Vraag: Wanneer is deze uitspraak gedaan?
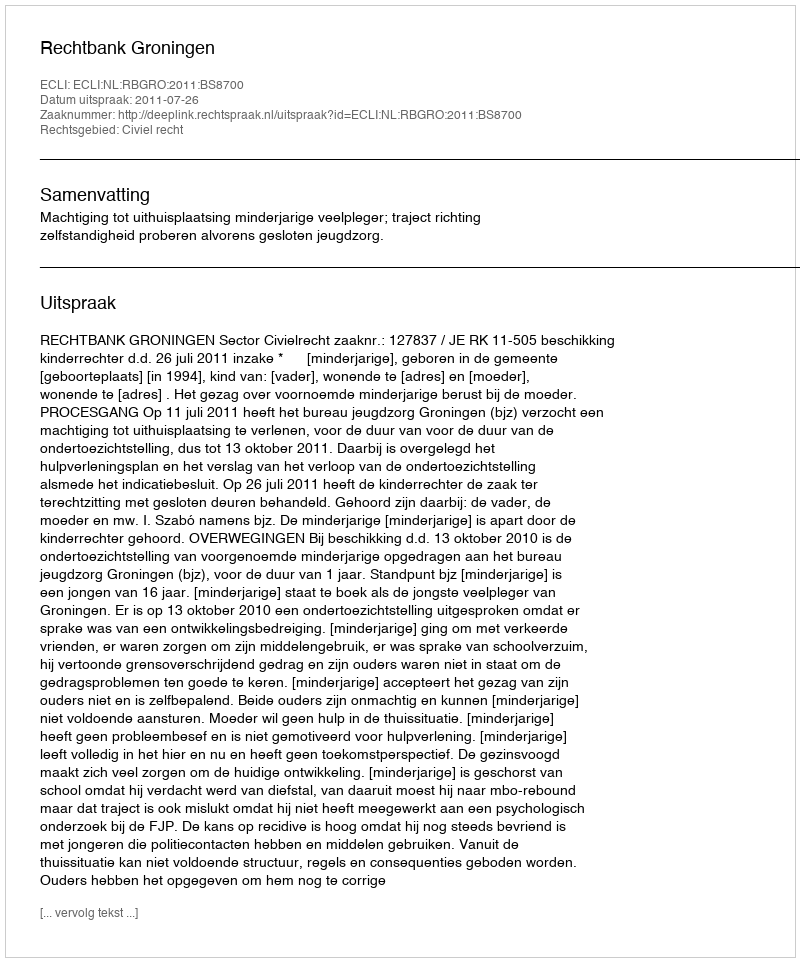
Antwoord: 2011-07-26